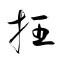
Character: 抂